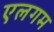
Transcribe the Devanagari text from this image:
एलगम